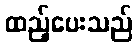
ထည့်ပေးသည်